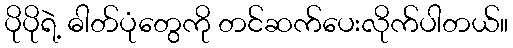
ပိုပိုရဲ့ ဓါတ်ပုံတွေကို တင်ဆက်ပေးလိုက်ပါတယ်။